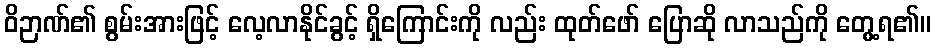
ဝိဉာဏ်၏ စွမ်းအားဖြင့် လေ့လာနိုင်ခွင့် ရှိကြောင်းကို လည်း ထုတ်ဖော် ပြောဆို လာသည်ကို တွေ့ရ၏။